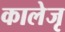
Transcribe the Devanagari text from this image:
कालेजृ